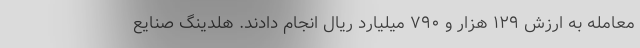
معامله به ارزش ۱۲۹ هزار و ۷۹۰ میلیارد ریال انجام دادند. هلدینگ صنایع